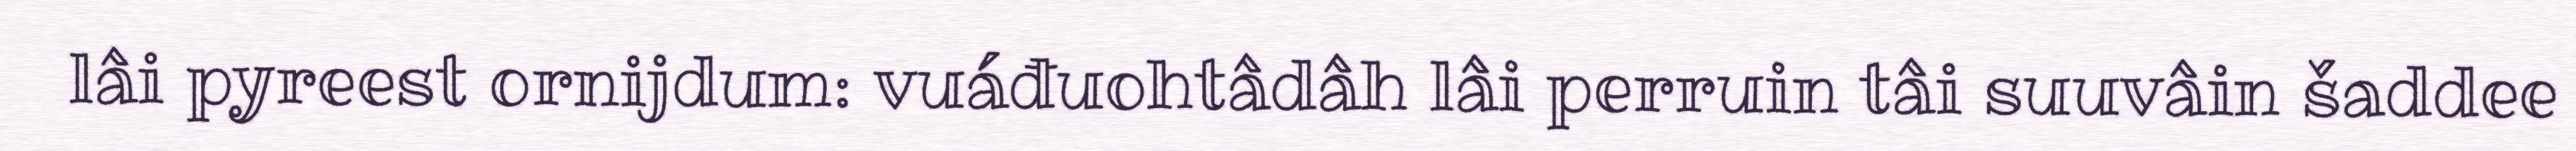
lâi pyreest ornijdum: vuáđuohtâdâh lâi perruin tâi suuvâin šaddee